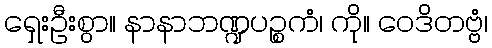
ရှေးဦးစွာ။ နာနာဘဏ္ဍပဉ္စကံ၊ ကို။ ဝေဒိတဗ္ဗံ၊